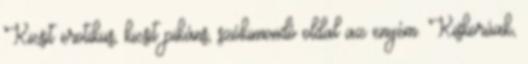
Kicsit erotikus, kicsit pikáns, szókimondó oldal az enyém. Kiskorúak,